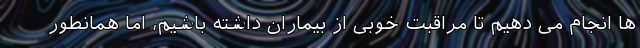
‌ها انجام می ‌دهیم تا مراقبت خوبی از بیماران داشته باشیم، اما همانطور